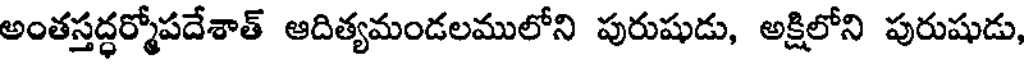
అంతస్తద్ధర్మోపదేశాత్ ఆదిత్యమండలములోని పురుషుడు, అక్షిలోని పురుషుడు,